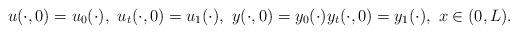
LaTeX: \begin{align*}u(\cdot,0)=u_0(\cdot),\ u_t(\cdot,0)=u_1(\cdot),\ y(\cdot,0)=y_0(\cdot)y_t(\cdot,0)=y_1(\cdot), \ x \in (0,L).\end{align*}